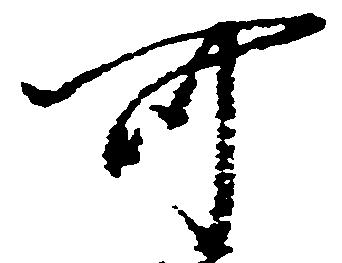
可